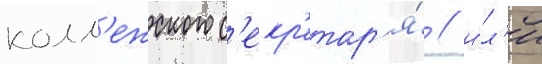
колл'ежского с'екр'етар'я́ / и́л'и